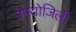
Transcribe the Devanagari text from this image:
उपयोजिली